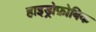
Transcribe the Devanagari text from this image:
हाइड्रोफ़ोबिक